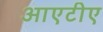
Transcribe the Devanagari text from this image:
आएटीए